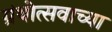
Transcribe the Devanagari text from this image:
ग्रंथोत्सवाच्या